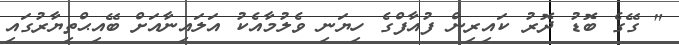
" ގޭގެ ބޮޑު ދޮރު ކައިރިން ފުއާފްގެ ހިޔަނި ވެލުމާއެކު އަލައިނާއަށް ބޭއިޙްތިޔާރުގައި